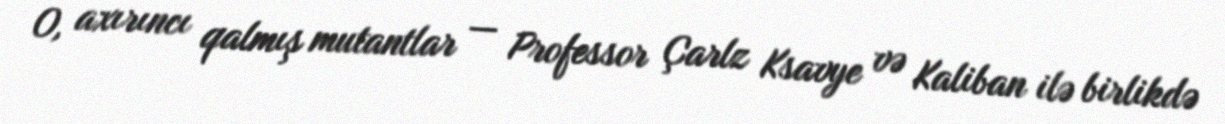
O, axırıncı qalmış mutantlar — Professor Çarlz Ksavye və Kaliban ilə birlikdə